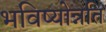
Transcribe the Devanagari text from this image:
भविष्योन्नति